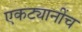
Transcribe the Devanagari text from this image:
एकट्यानींच